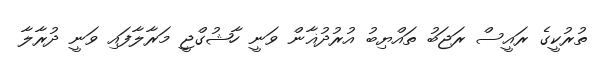
ތުރުކީގެ ރައީސް ރަޖަބު ތައްޔިބު އުރުދުޣާން ވަނީ ހާޝުގްޖީ މަރާލާފައި ވަނީ ދުރާލާ